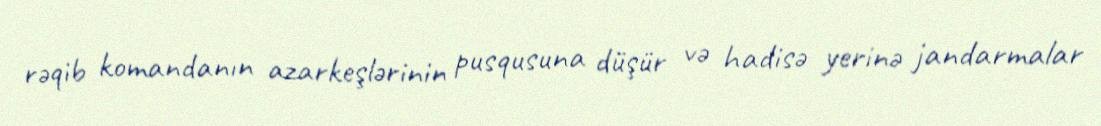
rəqib komandanın azarkeşlərinin pusqusuna düşür və hadisə yerinə jandarmalar